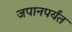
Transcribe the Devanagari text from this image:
जपानपर्यंत